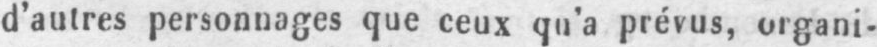
d’autres personnages que ceux qu’a prévus, organi-